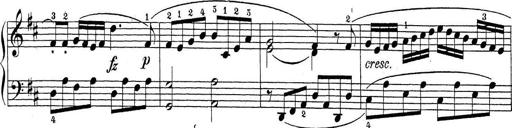
Title: Sonatina Album
Composer: Louis KÃ¶hler